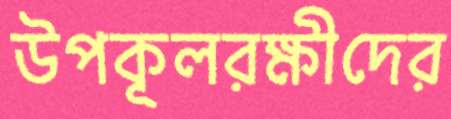
উপকূলরক্ষীদের